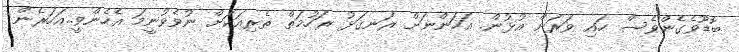
ބޮޑޫވެގެންވެސް ހައި ވަރަށް އުޅުން. އަހަންނަށް ރަނގަޅު ރަހުމަތް ތެރިއަކަށް ނުވެވުނީމަ އެހެންވީ..އަހަރެން